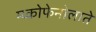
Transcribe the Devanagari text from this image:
म्य्कोफेनोलाते